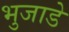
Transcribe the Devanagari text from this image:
भुजाडे